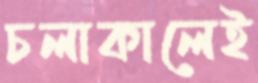
চলাকালেই